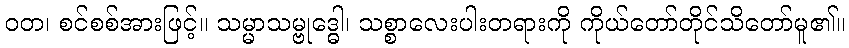
ဝတ၊ စင်စစ်အားဖြင့်။ သမ္မာသမ္ဗုဒ္ဓေါ၊ သစ္စာလေးပါးတရားကို ကိုယ်တော်တိုင်သိတော်မူ၏။